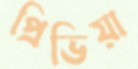
প্রিভিয়া